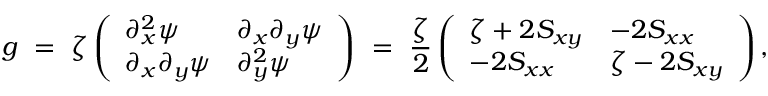
g \ = \ \zeta \left( \begin{array} { l l } { \partial _ { x } ^ { 2 } \psi } & { \partial _ { x } \partial _ { y } \psi } \\ { \partial _ { x } \partial _ { y } \psi } & { \partial _ { y } ^ { 2 } \psi } \end{array} \right) \ = \ \frac \zeta 2 \left( \begin{array} { l l } { \zeta + 2 S _ { x y } } & { - 2 S _ { x x } } \\ { - 2 S _ { x x } } & { \zeta - 2 S _ { x y } } \end{array} \right) ,